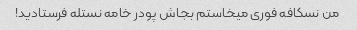
من نسکافه فوری میخاستم بجاش پودر خامه نستله فرستادید!